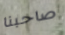
صاحبنا